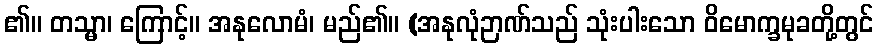
၏။ တသ္မာ၊ ကြောင့်။ အနုလောမံ၊ မည်၏။ (အနုလုံဉာဏ်သည် သုံးပါးသော ဝိမောက္ခမုခတို့တွင်